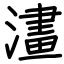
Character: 澅